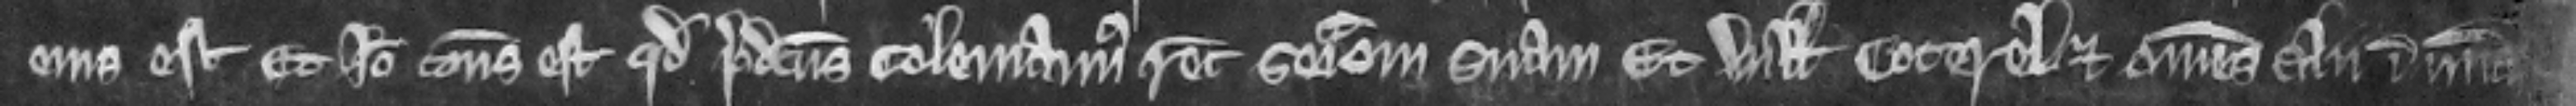
ejus est Et ideo consideratum est quod predictus Colemannus recuperet seisinam suam etWillelmus Coterel et omnes alii in misericordia